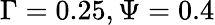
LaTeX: \Gamma=0.25,\Psi=0.4